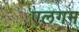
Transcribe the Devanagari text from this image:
एलगम